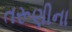
તરૂણીના